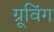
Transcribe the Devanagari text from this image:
ग्रूविंग